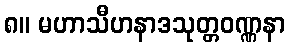
၈။ မဟာသီဟနာဒသုတ္တဝဏ္ဏနာ